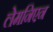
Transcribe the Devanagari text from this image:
लेमनिएन